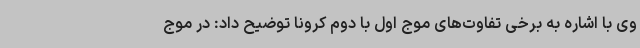
وی با اشاره به برخی تفاوت‌های موج اول با دوم کرونا توضیح داد: در موج